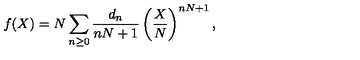
f ( X ) = N \sum _ { n \ge 0 } { \frac { d _ { n } } { n N + 1 } } \left( \frac { X } { N } \right) ^ { n N + 1 } ,